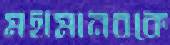
মহামানবকে